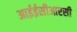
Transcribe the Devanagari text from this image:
आईईसीआरसी